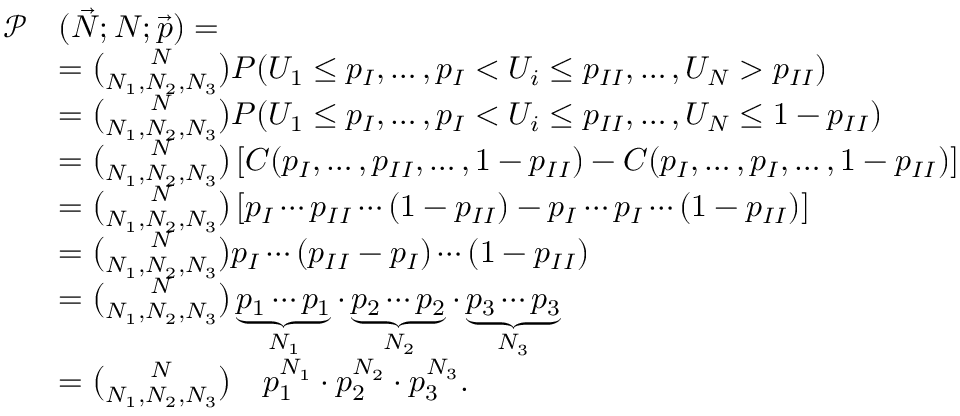
\begin{array} { r l } { \mathcal { P } } & { ( \vec { N } ; N ; \vec { p } ) = } \\ & { = \binom { N } { N _ { 1 } , N _ { 2 } , N _ { 3 } } P ( U _ { 1 } \leq p _ { I } , \dotsc , p _ { I } < U _ { i } \leq p _ { I I } , \dotsc , U _ { N } > p _ { I I } ) } \\ & { = \binom { N } { N _ { 1 } , N _ { 2 } , N _ { 3 } } P ( U _ { 1 } \leq p _ { I } , \dotsc , p _ { I } < U _ { i } \leq p _ { I I } , \dotsc , U _ { N } \leq 1 - p _ { I I } ) } \\ & { = \binom { N } { N _ { 1 } , N _ { 2 } , N _ { 3 } } \left[ C ( p _ { I } , \dotsc , p _ { I I } , \dotsc , 1 - p _ { I I } ) - C ( p _ { I } , \dotsc , p _ { I } , \dotsc , 1 - p _ { I I } ) \right] } \\ & { = \binom { N } { N _ { 1 } , N _ { 2 } , N _ { 3 } } \left[ p _ { I } \dotsm p _ { I I } \dotsm ( 1 - p _ { I I } ) - p _ { I } \dotsm p _ { I } \dotsm ( 1 - p _ { I I } ) \right] } \\ & { = \binom { N } { N _ { 1 } , N _ { 2 } , N _ { 3 } } p _ { I } \dotsm ( p _ { I I } - p _ { I } ) \dotsm ( 1 - p _ { I I } ) } \\ & { = \binom { N } { N _ { 1 } , N _ { 2 } , N _ { 3 } } \underbrace { p _ { 1 } \dotsm p _ { 1 } } _ { N _ { 1 } } \cdot \underbrace { p _ { 2 } \dotsm p _ { 2 } } _ { N _ { 2 } } \cdot \underbrace { p _ { 3 } \dotsm p _ { 3 } } _ { N _ { 3 } } } \\ & { = \binom { N } { N _ { 1 } , N _ { 2 } , N _ { 3 } } \quad p _ { 1 } ^ { N _ { 1 } } \cdot p _ { 2 } ^ { N _ { 2 } } \cdot p _ { 3 } ^ { N _ { 3 } } . } \end{array}